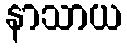
နာသာယ